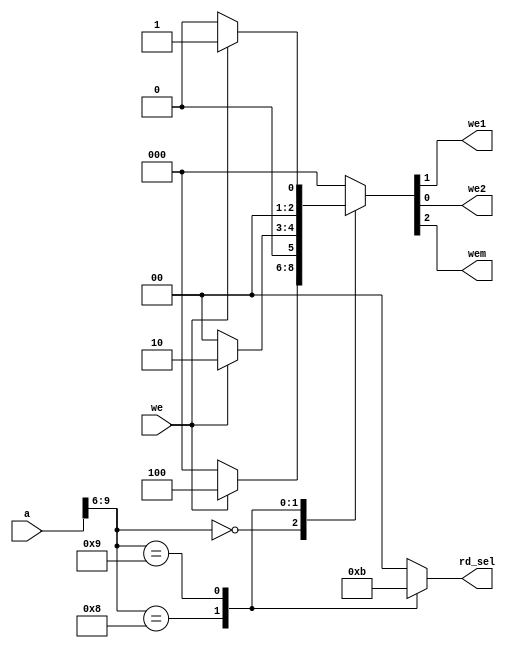
module AddressDecoder(
        input [9:0] a,
        input we,
        output we1,
        output we2,
        output wem,
        output reg [1:0] rd_sel
    );
    
    reg [2:0] we_ctrl ;
    assign {wem, we1, we2} = we_ctrl;
 
    always@(a, we) begin
        case (a[9:6])
            'h0: begin //dmem
                    rd_sel = 'b00; 
                    we_ctrl = we ? 'b1_0_0 : 'b0_0_0;
                 end
            'h8: begin //factorial acc
                    rd_sel = 'b10; 
                    we_ctrl = we ? 'b0_1_0 : 'b0_0_0;
                 end
            'h9: begin  //gpio
                    rd_sel = 'b11;
                    we_ctrl = we ? 'b0_0_1 : 'b0_0_0;
                 end
            default: begin 
                    rd_sel = 'b00; 
                    we_ctrl = 'b0_0_0; 
                end 
        endcase
    end
endmodule